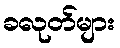
ခလုတ်များ